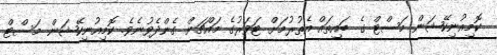
ކޮމިއުނިކޭޝަން މަސްޓް ގެ ބައިތައް އެތުރުމަށް ޓަވަރުގެ މައްޗަށް ގެންދެވުނެވެ. ކޮމިއުނިކޭޝަން މަސްޓް